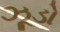
ઝૂડો